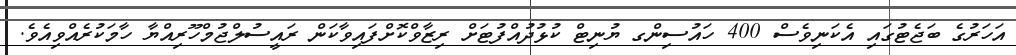
އަހަރުގެ ބަޖެޓުގައި އެކަނިވެސް 400 ހައުސިންގ ޔުނިޓް ކުޅުދުއްފުޓަށް ރިޒާވްކޮށްފައިވާކަން ރައީސުލްޖުމްހޫރިއްޔާ ހާމަކުރެއްވިއެވެ.